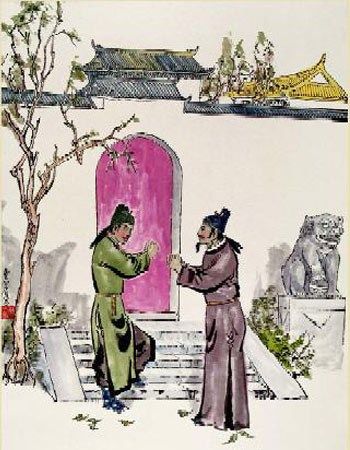
绿阴青子老溪桥。羞见东邻娇小。